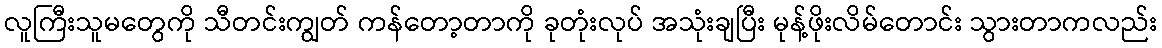
လူကြီးသူမတွေကို သီတင်းကျွတ် ကန်တော့တာကို ခုတုံးလုပ် အသုံးချပြီး မုန့်ဖိုးလိမ်တောင်း သွားတာကလည်း